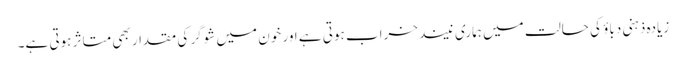
زیادہ ذہنی دباؤ کی حالت میں ہماری نیند خراب ہوتی ہے اور خون میں شوگر کی مقدار بھی متاثر ہوتی ہے۔